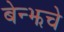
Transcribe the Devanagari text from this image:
बेन्झचे